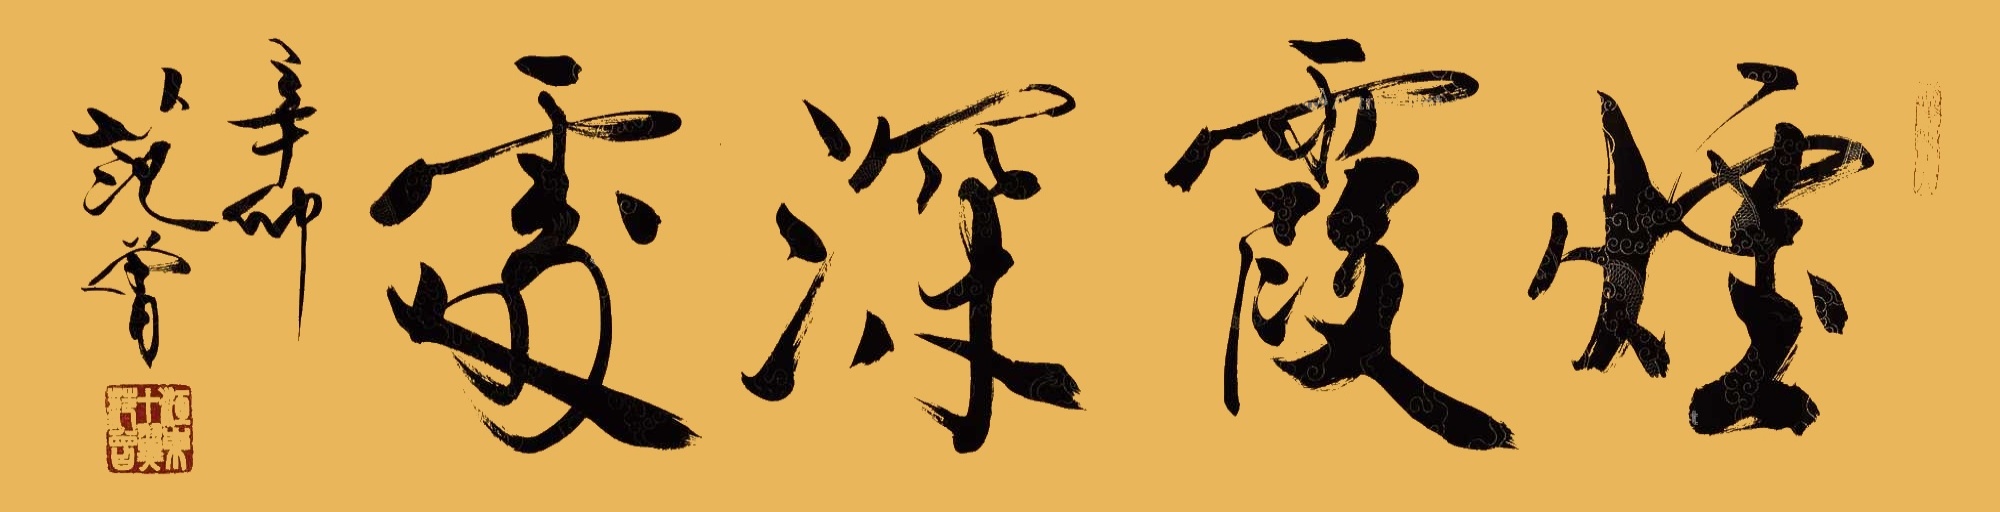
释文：烟霞深处辛卯，范曾。